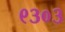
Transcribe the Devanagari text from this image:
९३०३